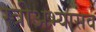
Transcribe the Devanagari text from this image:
स्त्रीअभ्यासव